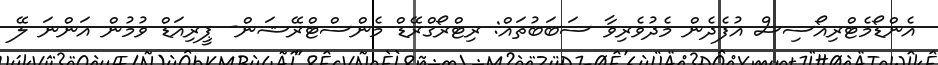
އެންޑޯމެޓްރިއޯސިސް އުފެދެން މެދުވެރިވާ ސަބަބުތައް: ރިޓްރޯގްރޭޑް މެންސްޓްރޭޝަން- ޕީރިއަޑް ވުމުން އަންނަ ލޭ